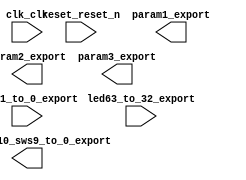

module internal_pin_if (
	clk_clk,
	led31_to_0_export,
	led63_to_32_export,
	pbs11_to_10_sws9_to_0_export,
	reset_reset_n,
	param1_export,
	param2_export,
	param3_export);	

	input		clk_clk;
	input	[31:0]	led31_to_0_export;
	input	[31:0]	led63_to_32_export;
	output	[11:0]	pbs11_to_10_sws9_to_0_export;
	input		reset_reset_n;
	output	[31:0]	param1_export;
	output	[31:0]	param2_export;
	output	[31:0]	param3_export;
endmodule